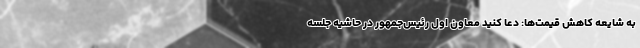
به شایعه کاهش قیمت‌ها: دعا کنید معاون اول رئیس‌جمهور در حاشیه جلسه